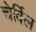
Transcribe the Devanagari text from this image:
चेर्विल